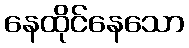
နေထိုင်နေသော